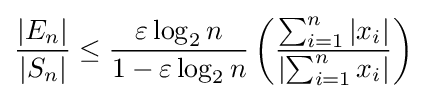
{\frac {|E_{n}|}{|S_{n}|}}\leq {\frac {\varepsilon \log _{2}n}{1-\varepsilon \log _{2}n}}\left({\frac {\sum _{i=1}^{n}|x_{i}|}{\left|\sum _{i=1}^{n}x_{i}\right|}}\right)